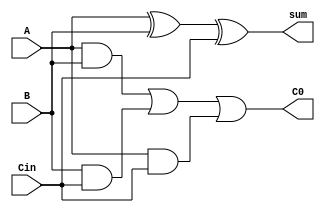
`timescale 1ns / 1ps
//////////////////////////////////////////////////////////////////////////////////
// Company: 
// Engineer: 
// 
// Design Name: 
// Module Name:    full_adder 
// Project Name: 
// Target Devices: 
// Tool versions: 
// Description: 
//
// Dependencies: 
//
// Revision: 
// Revision 0.01 - File Created
// Additional Comments: 
//
//////////////////////////////////////////////////////////////////////////////////
module fulladder(A,B,Cin,sum,C0);
input A,B,Cin;
output sum,C0;
assign sum=A^B^Cin;
assign C0=(A&B)|(B&Cin)|(A&Cin);
endmodule